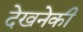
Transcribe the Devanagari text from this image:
देखनेकी